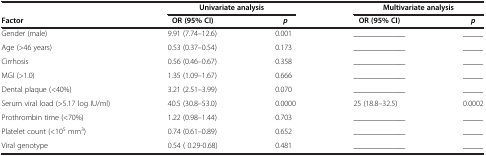
<table><thead><tr><td><b> </b></td><td colspan="2"><b>Univariate analysis</b></td><td colspan="2"><b>Multivariate analysis</b></td></tr><tr><td><b>Factor</b></td><td><b>OR (95% CI)</b></td><td><b><i>p</i></b></td><td><b>OR (95% CI)</b></td><td><b><i>p</i></b></td></tr></thead><tbody><tr><td>Gender (male)</td><td>9.91 (7.74–12.6)</td><td>0.001</td><td>_____________</td><td>_____</td></tr><tr><td>Age (&gt;46 years)</td><td>0.53 (0.37–0.54)</td><td>0.173</td><td>_____________</td><td>_____</td></tr><tr><td>Cirrhosis</td><td>0.56 (0.46–0.67)</td><td>0.358</td><td>_____________</td><td>_____</td></tr><tr><td>MGI (&gt;1.0)</td><td>1.35 (1.09–1.67)</td><td>0.666</td><td>_____________</td><td>_____</td></tr><tr><td>Dental plaque (&lt;40%)</td><td>3.21 (2.51–3.99)</td><td>0.070</td><td>_____________</td><td>_____</td></tr><tr><td>Serum viral load (&gt;5.17 log IU/ml)</td><td>40.5 (30.8–53.0)</td><td>0.0000</td><td>25 (18.8–32.5)</td><td>0.0002</td></tr><tr><td>Prothrombin time (&lt;70%)</td><td>1.22 (0.98–1.44)</td><td>0.703</td><td>_____________</td><td>_____</td></tr><tr><td>Platelet count (&lt;10<sup>5</sup> mm<sup>3</sup>)</td><td>0.74 (0.61–0.89)</td><td>0.652</td><td>_____________</td><td>_____</td></tr><tr><td>Viral genotype</td><td>0.54 ( 0.29-0.68)</td><td>0.481</td><td>_____________</td><td>_____</td></tr></tbody></table>